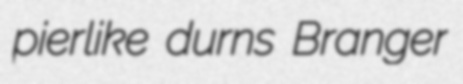
pierlike durns Branger